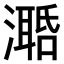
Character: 𣿛